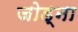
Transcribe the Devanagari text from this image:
जोड्ना